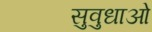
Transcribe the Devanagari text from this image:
सुवुधाओं